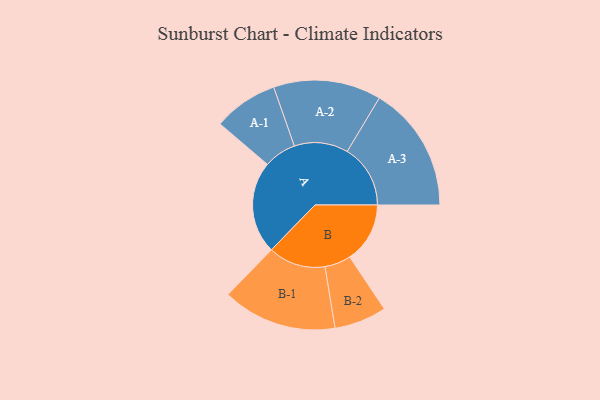
{"axis": {"x": "Segment", "y": "Value"}, "legend": ["", "A", "B"], "data": [{"x": "A", "y": 437, "type": ""}, {"x": "B", "y": 285, "type": ""}, {"x": "A-1", "y": 153, "type": "A"}, {"x": "A-2", "y": 255, "type": "A"}, {"x": "A-3", "y": 299, "type": "A"}, {"x": "B-1", "y": 271, "type": "B"}, {"x": "B-2", "y": 124, "type": "B"}]}